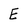
Character: E